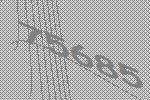
75685